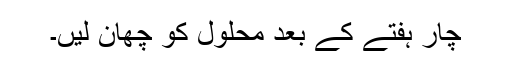
چار ہفتے کے بعد محلول کو چھان لیں۔